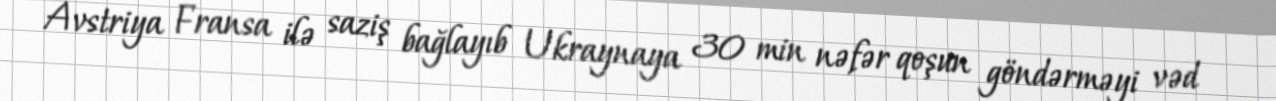
Avstriya Fransa ilə saziş bağlayıb Ukraynaya 30 min nəfər qoşun göndərməyi vəd